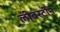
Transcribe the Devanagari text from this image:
लीबर्स्टीन